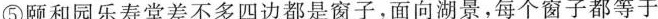
④而且同一个窗子，从不同的角度看出去，景色都不相同。